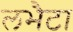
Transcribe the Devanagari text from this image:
लभैटा